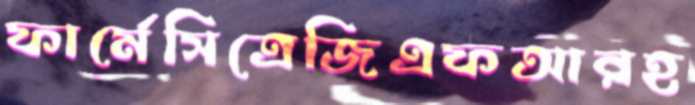
ফার্মেসিত্রেজিএফআরহ